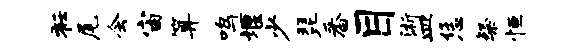
衽尾会宙算鸣堰少琵番目浙皿恁粲恒